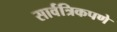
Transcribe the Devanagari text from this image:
सार्वत्रिकपणे